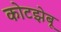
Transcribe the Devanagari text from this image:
कोटझेबू